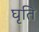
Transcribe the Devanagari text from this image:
घृति